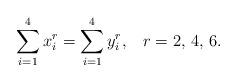
LaTeX: \begin{align*}\sum_{i=1}^4x_i^r=\sum_{i=1}^4y_i^r,\;\;\;r=2,\,4,\,6.\end{align*}